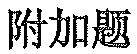
附加题